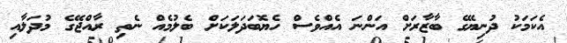
އެކަމަކު ދުނިޔޭގެ ބާޒާރަށް އަންނަ އެއްވެސް ހެޔޮބަދަލަކަށް ބެލުމެއް ނެތި ރާއްޖޭގެ މުދަލާއި